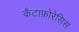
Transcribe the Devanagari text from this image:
कैटाफ़ोरेसिस